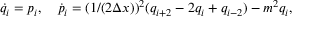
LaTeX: \dot { q } _ { i } = p _ { i } , \quad \dot { p } _ { i } = ( 1 / ( 2 \Delta x ) ) ^ { 2 } ( q _ { i + 2 } - 2 q _ { i } + q _ { i - 2 } ) - m ^ { 2 } q _ { i } ,